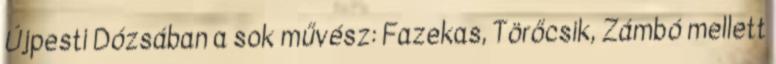
Újpesti Dózsában a sok művész: Fazekas, Törőcsik, Zámbó mellett